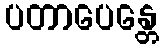
ပတာပေန္တေ